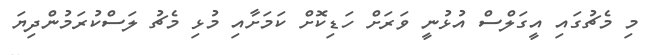
މި މެޗުގައި އީގަލްސް އުޅުނީ ވަރަށް ހަޑިކޮށް ކަމަށާއި މުޅި މެޗު ލަސްކުރަމުންދިޔަ